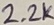
Text: 2.2K